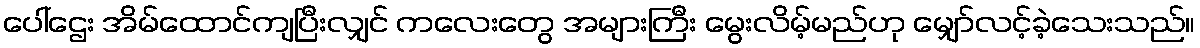
ပေါ်ဌေး အိမ်ထောင်ကျပြီးလျှင် ကလေးတွေ အများကြီး မွေးလိမ့်မည်ဟု မျှော်လင့်ခဲ့သေးသည်။